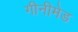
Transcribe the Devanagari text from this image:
गीनीमेड